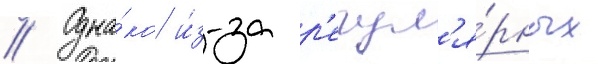
// Одна́ко и́з-за р'егул'я́рных